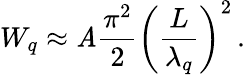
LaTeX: W_{q}\approx\mathit{A}\frac{{\pi^{2}}}{{2}}\left(\frac{{L}}{{\lambda_{q}}}\right)^{2}\, .